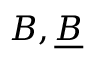
B , { \underline { { B } } }